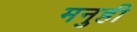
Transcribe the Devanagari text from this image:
मनुही